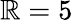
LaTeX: \mathbb{R}=5